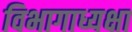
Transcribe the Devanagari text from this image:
विभागाध्यक्षा